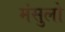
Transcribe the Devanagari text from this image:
मंसुलो